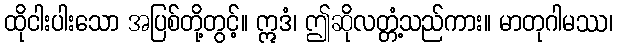
ထိုငါးပါးသော အပြစ်တို့တွင့်။ ဣဒံ၊ ဤဆိုလတ္တံ့သည်ကား။ မာတုဂါမဿ၊